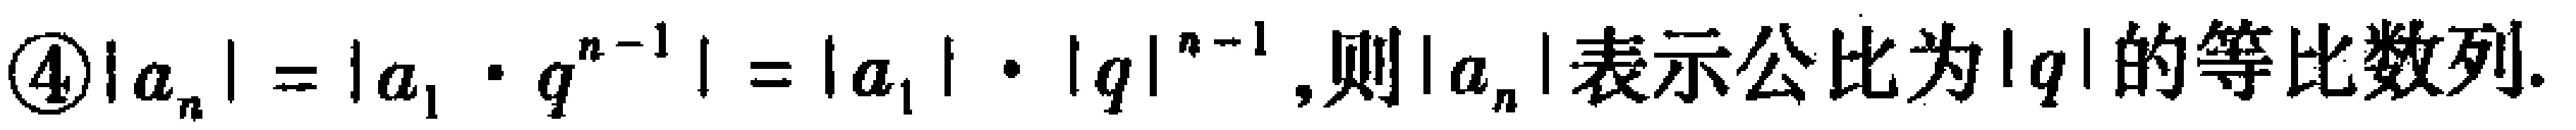
\textcircled{4}$|a_{n}| = |a_{1}\cdot q^{n - 1}| = |a_{1}|\cdot|q|^{n - 1}$,则$|a_{n}|$表示公比为$|q|$的等比数列.